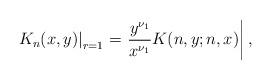
LaTeX: \begin{align*} \left. K_n(x, y) \right\rvert_{r = 1} = \left. \frac{y^{\nu_1}}{x^{\nu_1}} K(n, y; n, x) \right\rvert_{},\end{align*}